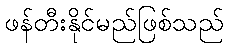
ဖန်တီးနိုင်မည်ဖြစ်သည်